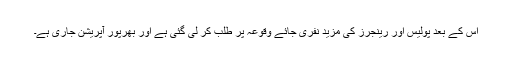
اس کے بعد پولیس اور رینجرز کی مزید نفری جائے وقوعہ پر طلب کر لی گئی ہے اور بھرپور آپریشن جاری ہے۔